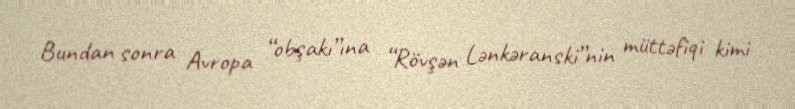
Bundan sonra Avropa “obşakı”ına “Rövşən Lənkəranski”nin müttəfiqi kimi